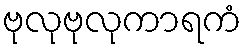
ဗုလုဗုလုကာရကံ